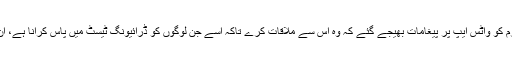
کچھ عرصے بعد خاتون کی جانب سے ملزم کو واٹس ایپ پر پیغامات بھیجے گئے کہ وہ اُس سے ملاقات کرے تاکہ اُسے جن لوگوں کو ڈرائیونگ ٹیسٹ میں پاس کرانا ہے، اُن کے لیے رشوت کی رقم اُسے دے سکے۔